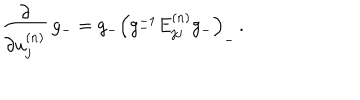
LaTeX: \frac { \partial } { \partial u _ { j } ^ { ( n ) } } \, g _ { - } = g _ { - } \left( g _ { - } ^ { - 1 } E _ { j j } ^ { ( n ) } g _ { - } \right) _ { - } \, .